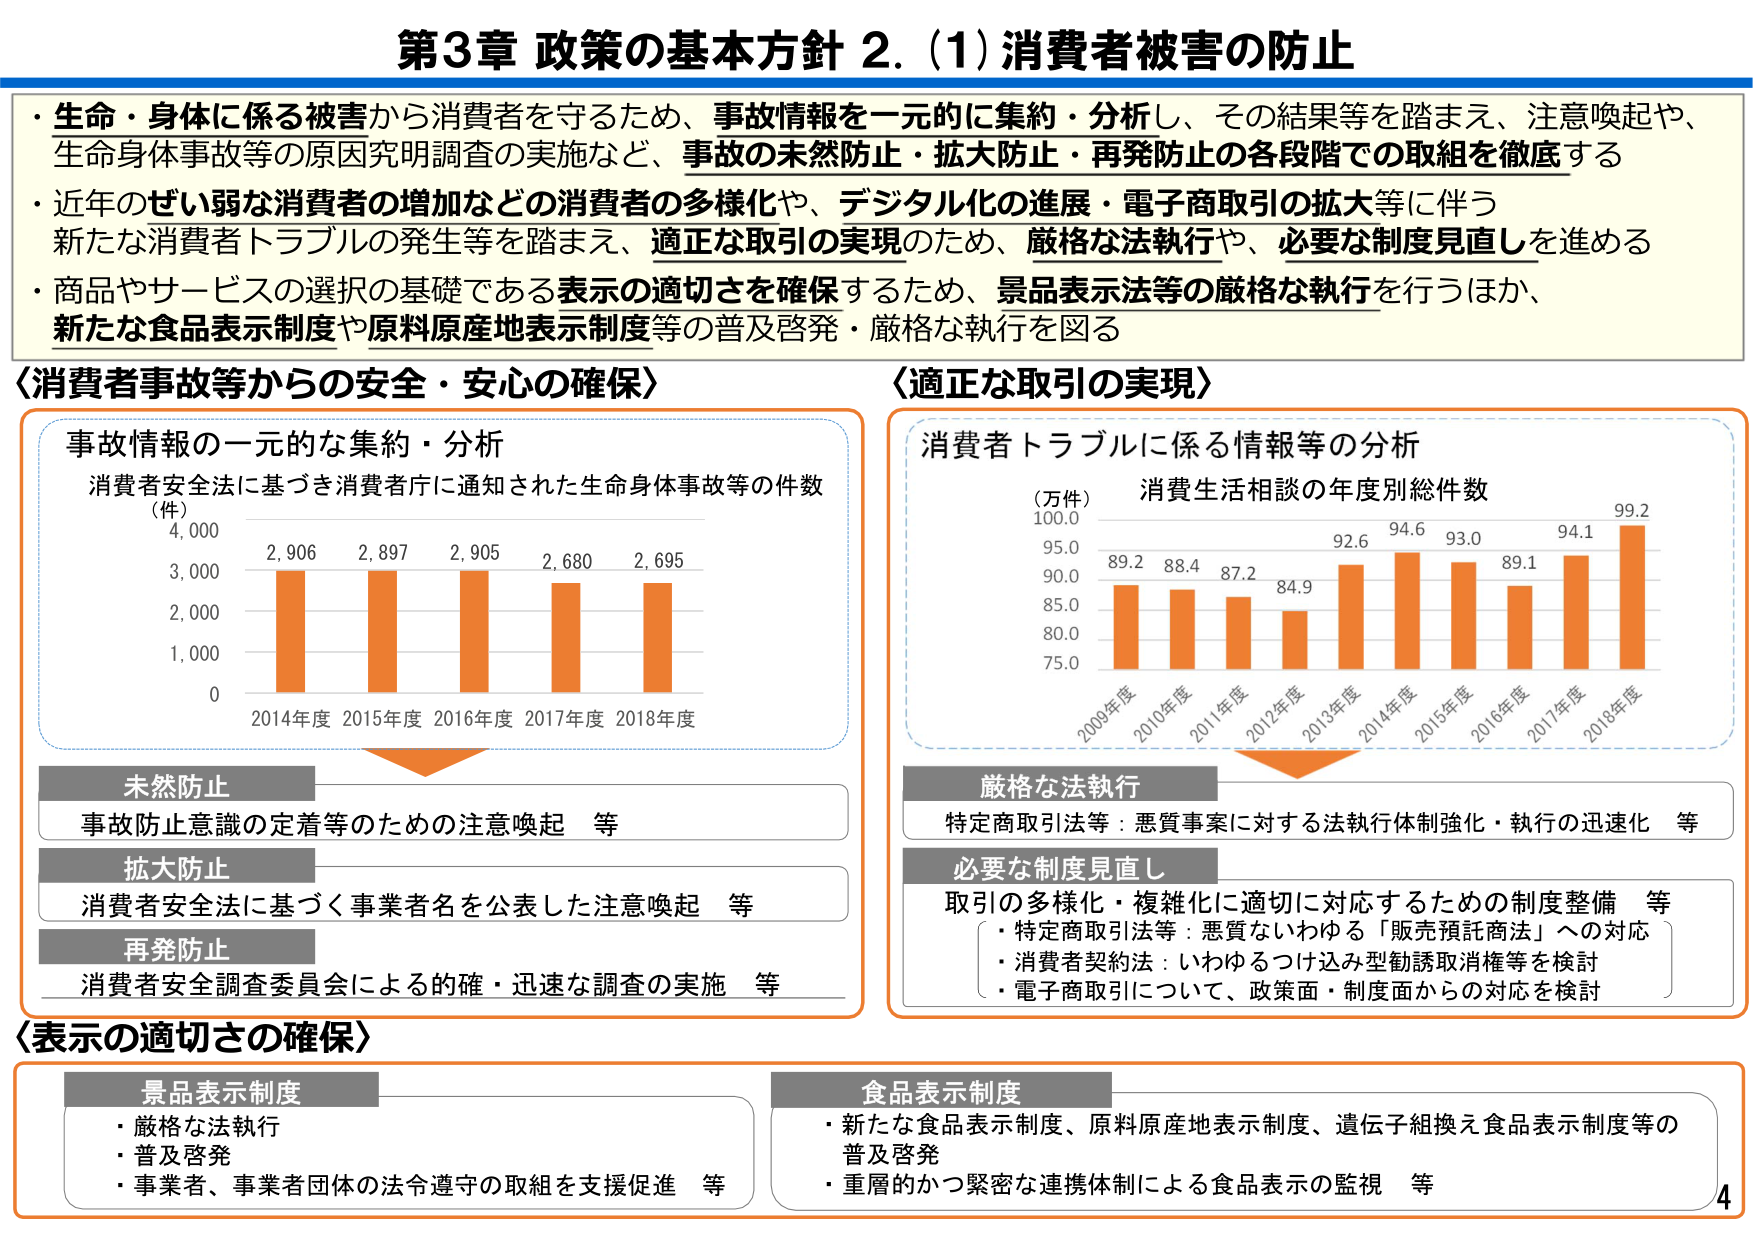
第3章 政策の基本方針 2. (1) 消費者被害の防止

・生命・身体に係る被害から消費者を守るため、事故情報を一元的に集約・分析し、その結果等を踏まえ、注意喚起や、生命身体事故等の原因究明調査の実施など、事故の未然防止・拡大防止・再発防止の各段階での取組を徹底する

・近年のぜい弱な消費者の増加などの消費者の多様化や、デジタル化の進展・電子商取引の拡大等に伴う新たな消費者トラブルの発生等を踏まえ、適正な取引の実現のため、厳格な法執行や、必要な制度見直しを進める

・商品やサービスの選択の基礎である表示の適切さを確保するため、景品表示法等の厳格な執行を行うほか、新たな食品表示制度や原料原産地表示制度等の普及啓発・厳格な執行を図る

〈消費者事故等からの安全・安心の確保〉

事故情報の一元的な集約・分析
消費者安全法に基づき消費者庁に通知された生命身体事故等の件数
(件)
4,000
3,000
2,000
1,000
0
2,906
2,897
2,905
2,680
2,695
2014年度 2015年度 2016年度 2017年度 2018年度

未然防止
事故防止意識の定着等のための注意喚起 等

拡大防止
消費者安全法に基づく事業者名を公表した注意喚起 等

再発防止
消費者安全調査委員会による的確・迅速な調査の実施 等

〈適正な取引の実現〉

消費者トラブルに係る情報等の分析
消費生活相談の年度別総件数
(万件)
100.0
95.0
90.0
85.0
80.0
75.0
89.2
88.4
87.2
84.9
92.6
94.6
93.0
89.1
94.1
99.2
2009年度 2010年度 2011年度 2012年度 2013年度 2014年度 2015年度 2016年度 2017年度 2018年度

厳格な法執行
特定商取引法等：悪質事案に対する法執行体制強化・執行の迅速化 等

必要な制度見直し
取引の多様化・複雑化に適切に対応するための制度整備 等
・特定商取引法等：悪質ないわゆる「販売預託商法」への対応
・消費者契約法：いわゆるつけ込み型勧誘取消権等を検討
・電子商取引について、政策面・制度面からの対応を検討

〈表示の適切さの確保〉

景品表示制度
・厳格な法執行
・普及啓発
・事業者、事業者団体の法令遵守の取組を支援促進 等

食品表示制度
・新たな食品表示制度、原料原産地表示制度、遺伝子組換え食品表示制度等の普及啓発
・重層的かつ緊密な連携体制による食品表示の監視 等

4